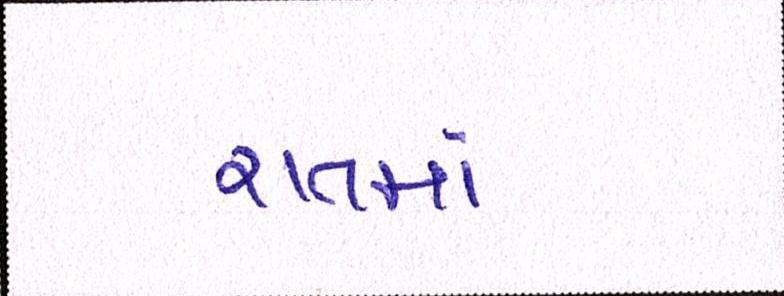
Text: રાતમાં